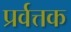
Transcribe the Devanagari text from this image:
प्रर्वत्तक